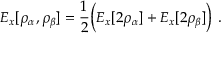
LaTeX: E _ { x } [ \rho _ { \alpha } , \rho _ { \beta } ] = { \frac { 1 } { 2 } } { \bigg ( } E _ { x } [ 2 \rho _ { \alpha } ] + E _ { x } [ 2 \rho _ { \beta } ] { \bigg ) } \ .